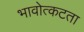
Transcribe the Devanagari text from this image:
भावोत्कटता